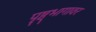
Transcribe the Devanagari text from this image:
पृष्ठ्भागावर